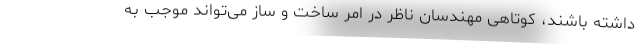
داشته باشند، کوتاهی مهندسان ناظر در امر ساخت و ساز می‌تواند موجب به